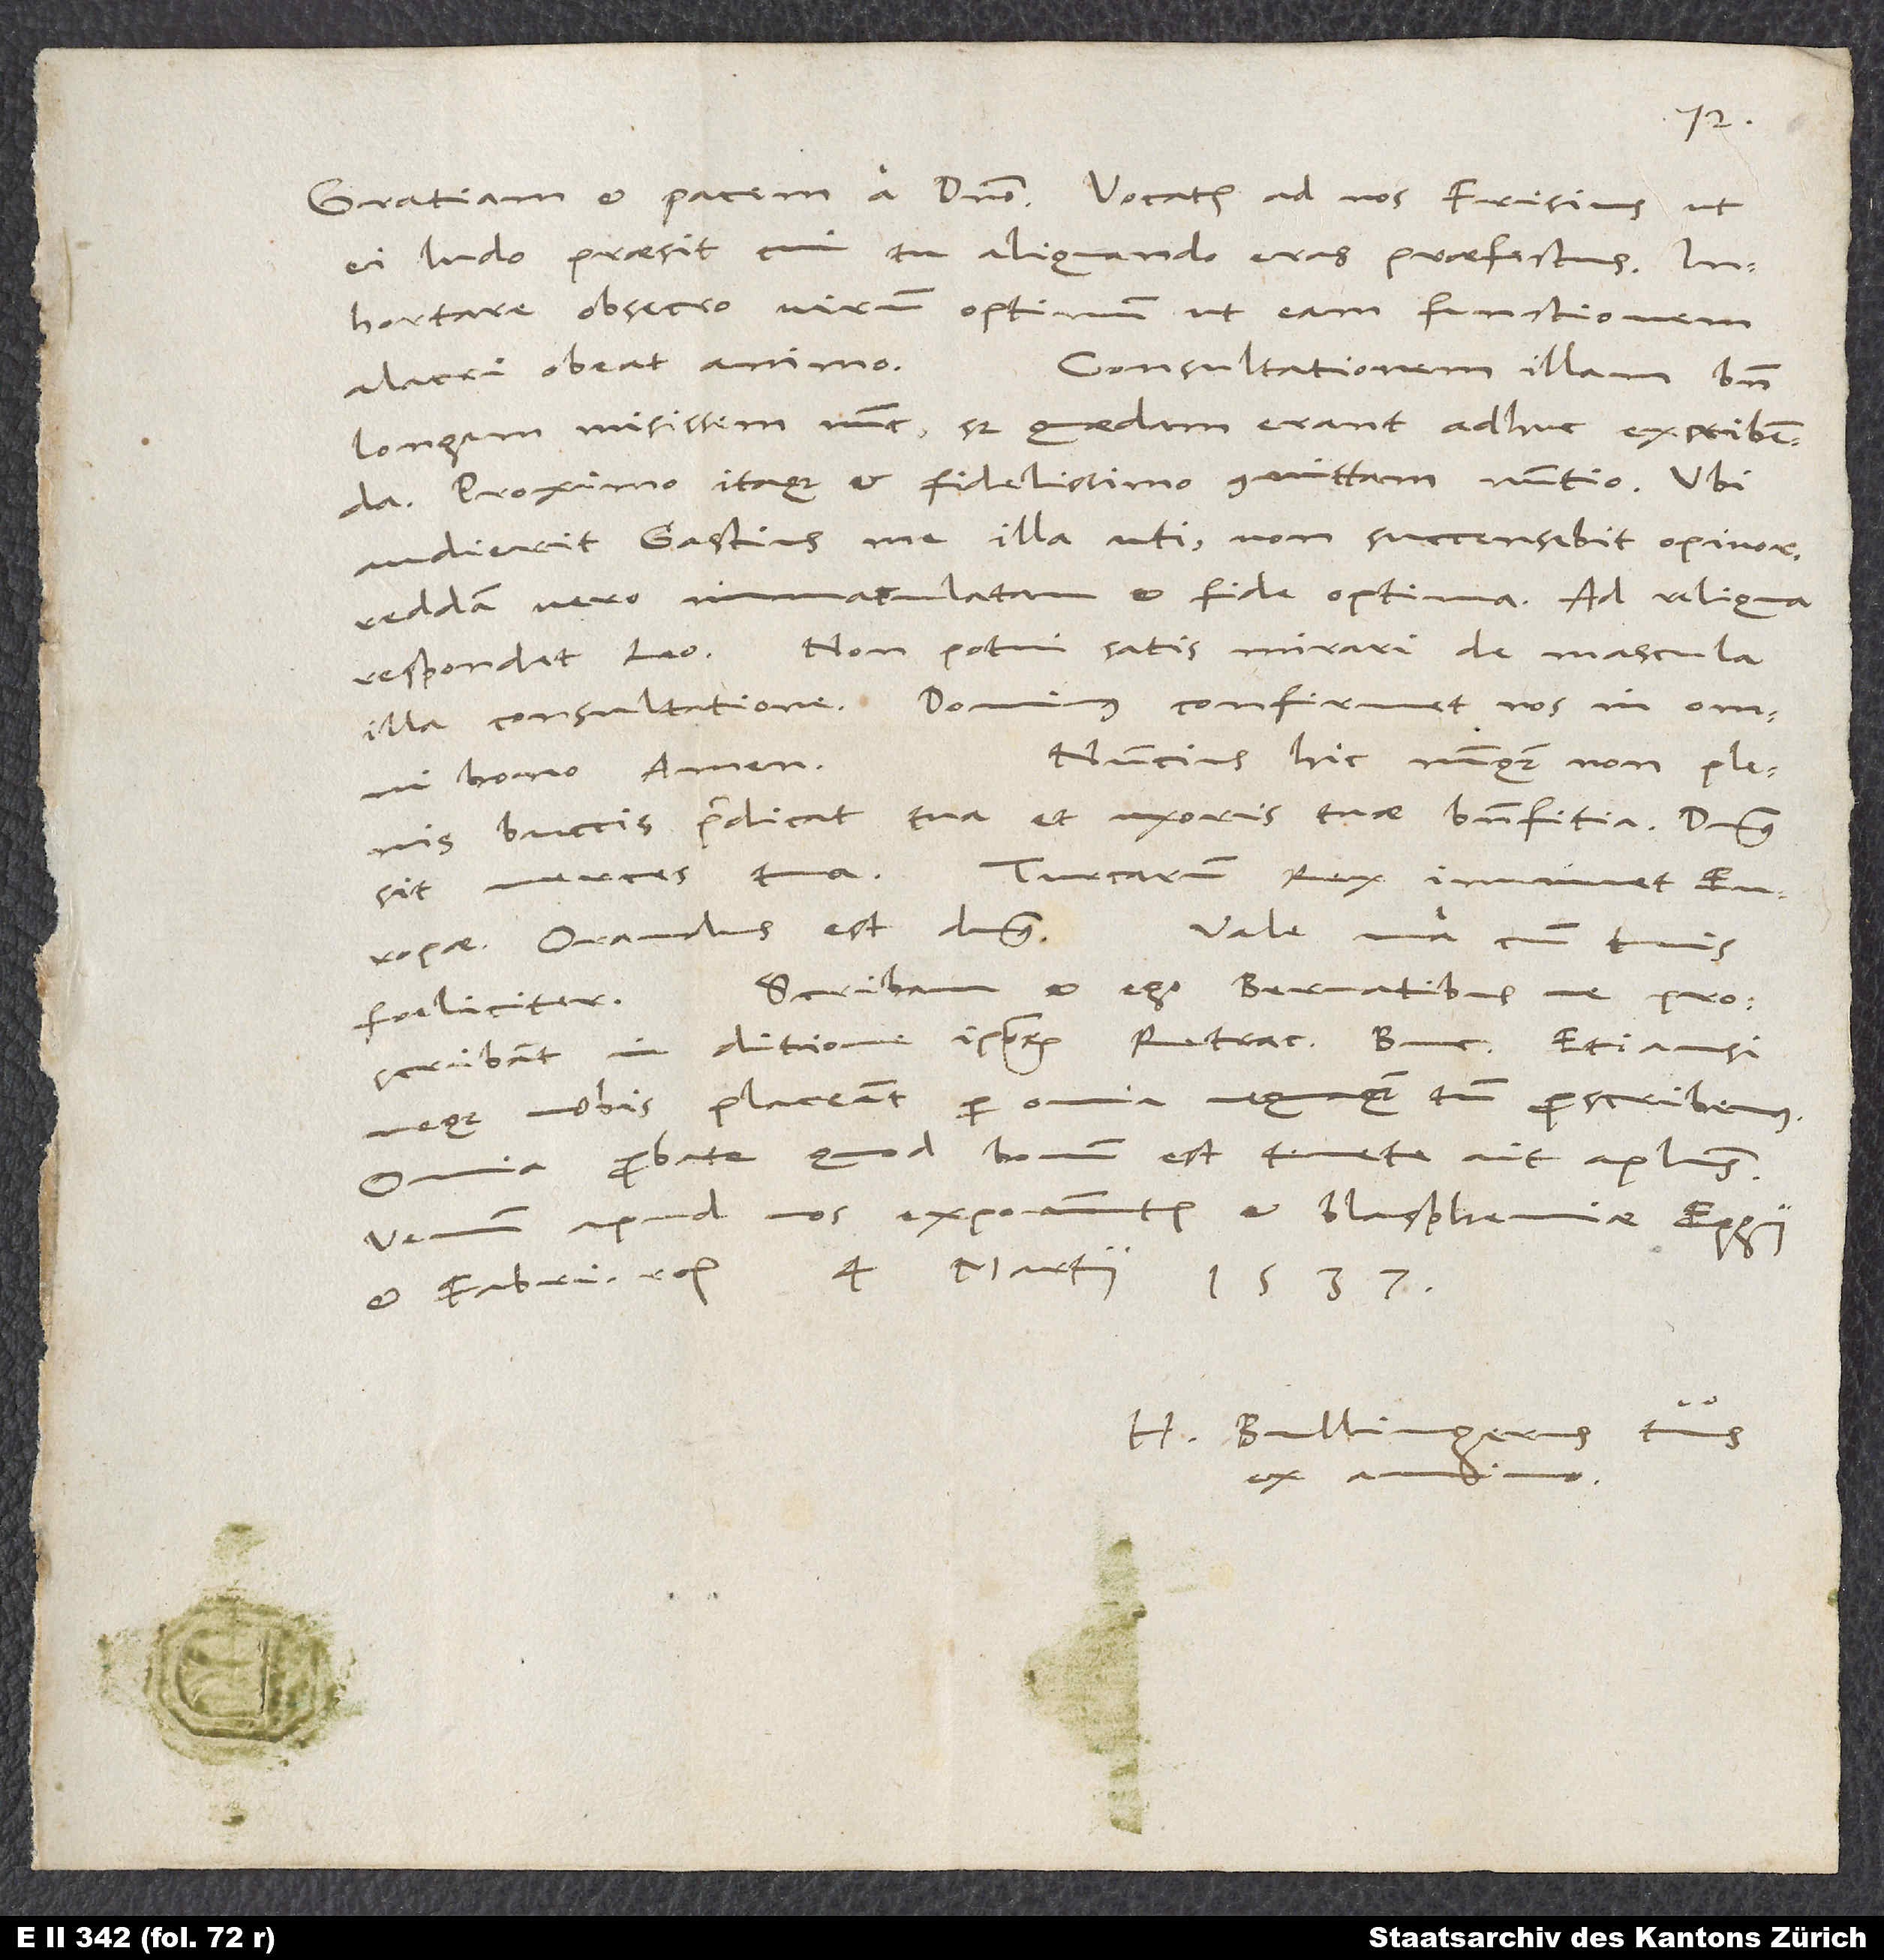
ei ludo praesit, cui tu aliquando eras praefectus.
Inhortare obsecro virum optimum, ut eam functionem
alacri obeat animo.
Consultationem illam bene
longam misissem nunc, sed quaedam erant adhuc excribenda.
Proximo itaque et fidelissimo committam nuntio. Ubi
audierit Gastius me illa uti, non succensebit, opinor.
Reddam vero immaculatam et fide optima. Ad reliqua
respondet Leo. Non potui satis mirari de mascula
illa consultatione. Dominus confirmet nos in omni
Nuncius hic nunquam non plenis
bono. Amen.
buccis praedicat tua et uxoris tuae benefitia. Dominus
Vale una cum tuis
Europae. Orandus est dominus.
Venum apud nos exponuntur et blasphemiae Eggii
H. Bullingerus tuus